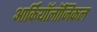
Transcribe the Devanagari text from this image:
आर्कियॉलॉजिकल